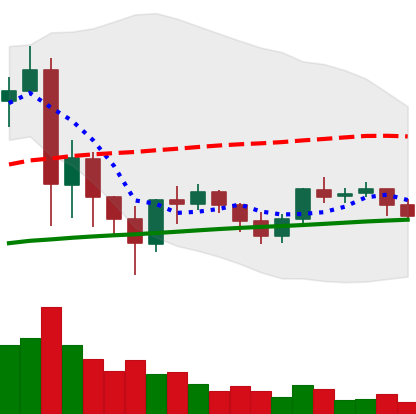
Ticker: XRP-USD
Chart end date: 2021-06-05
Forward return: -5.86%
Label: down_5_7